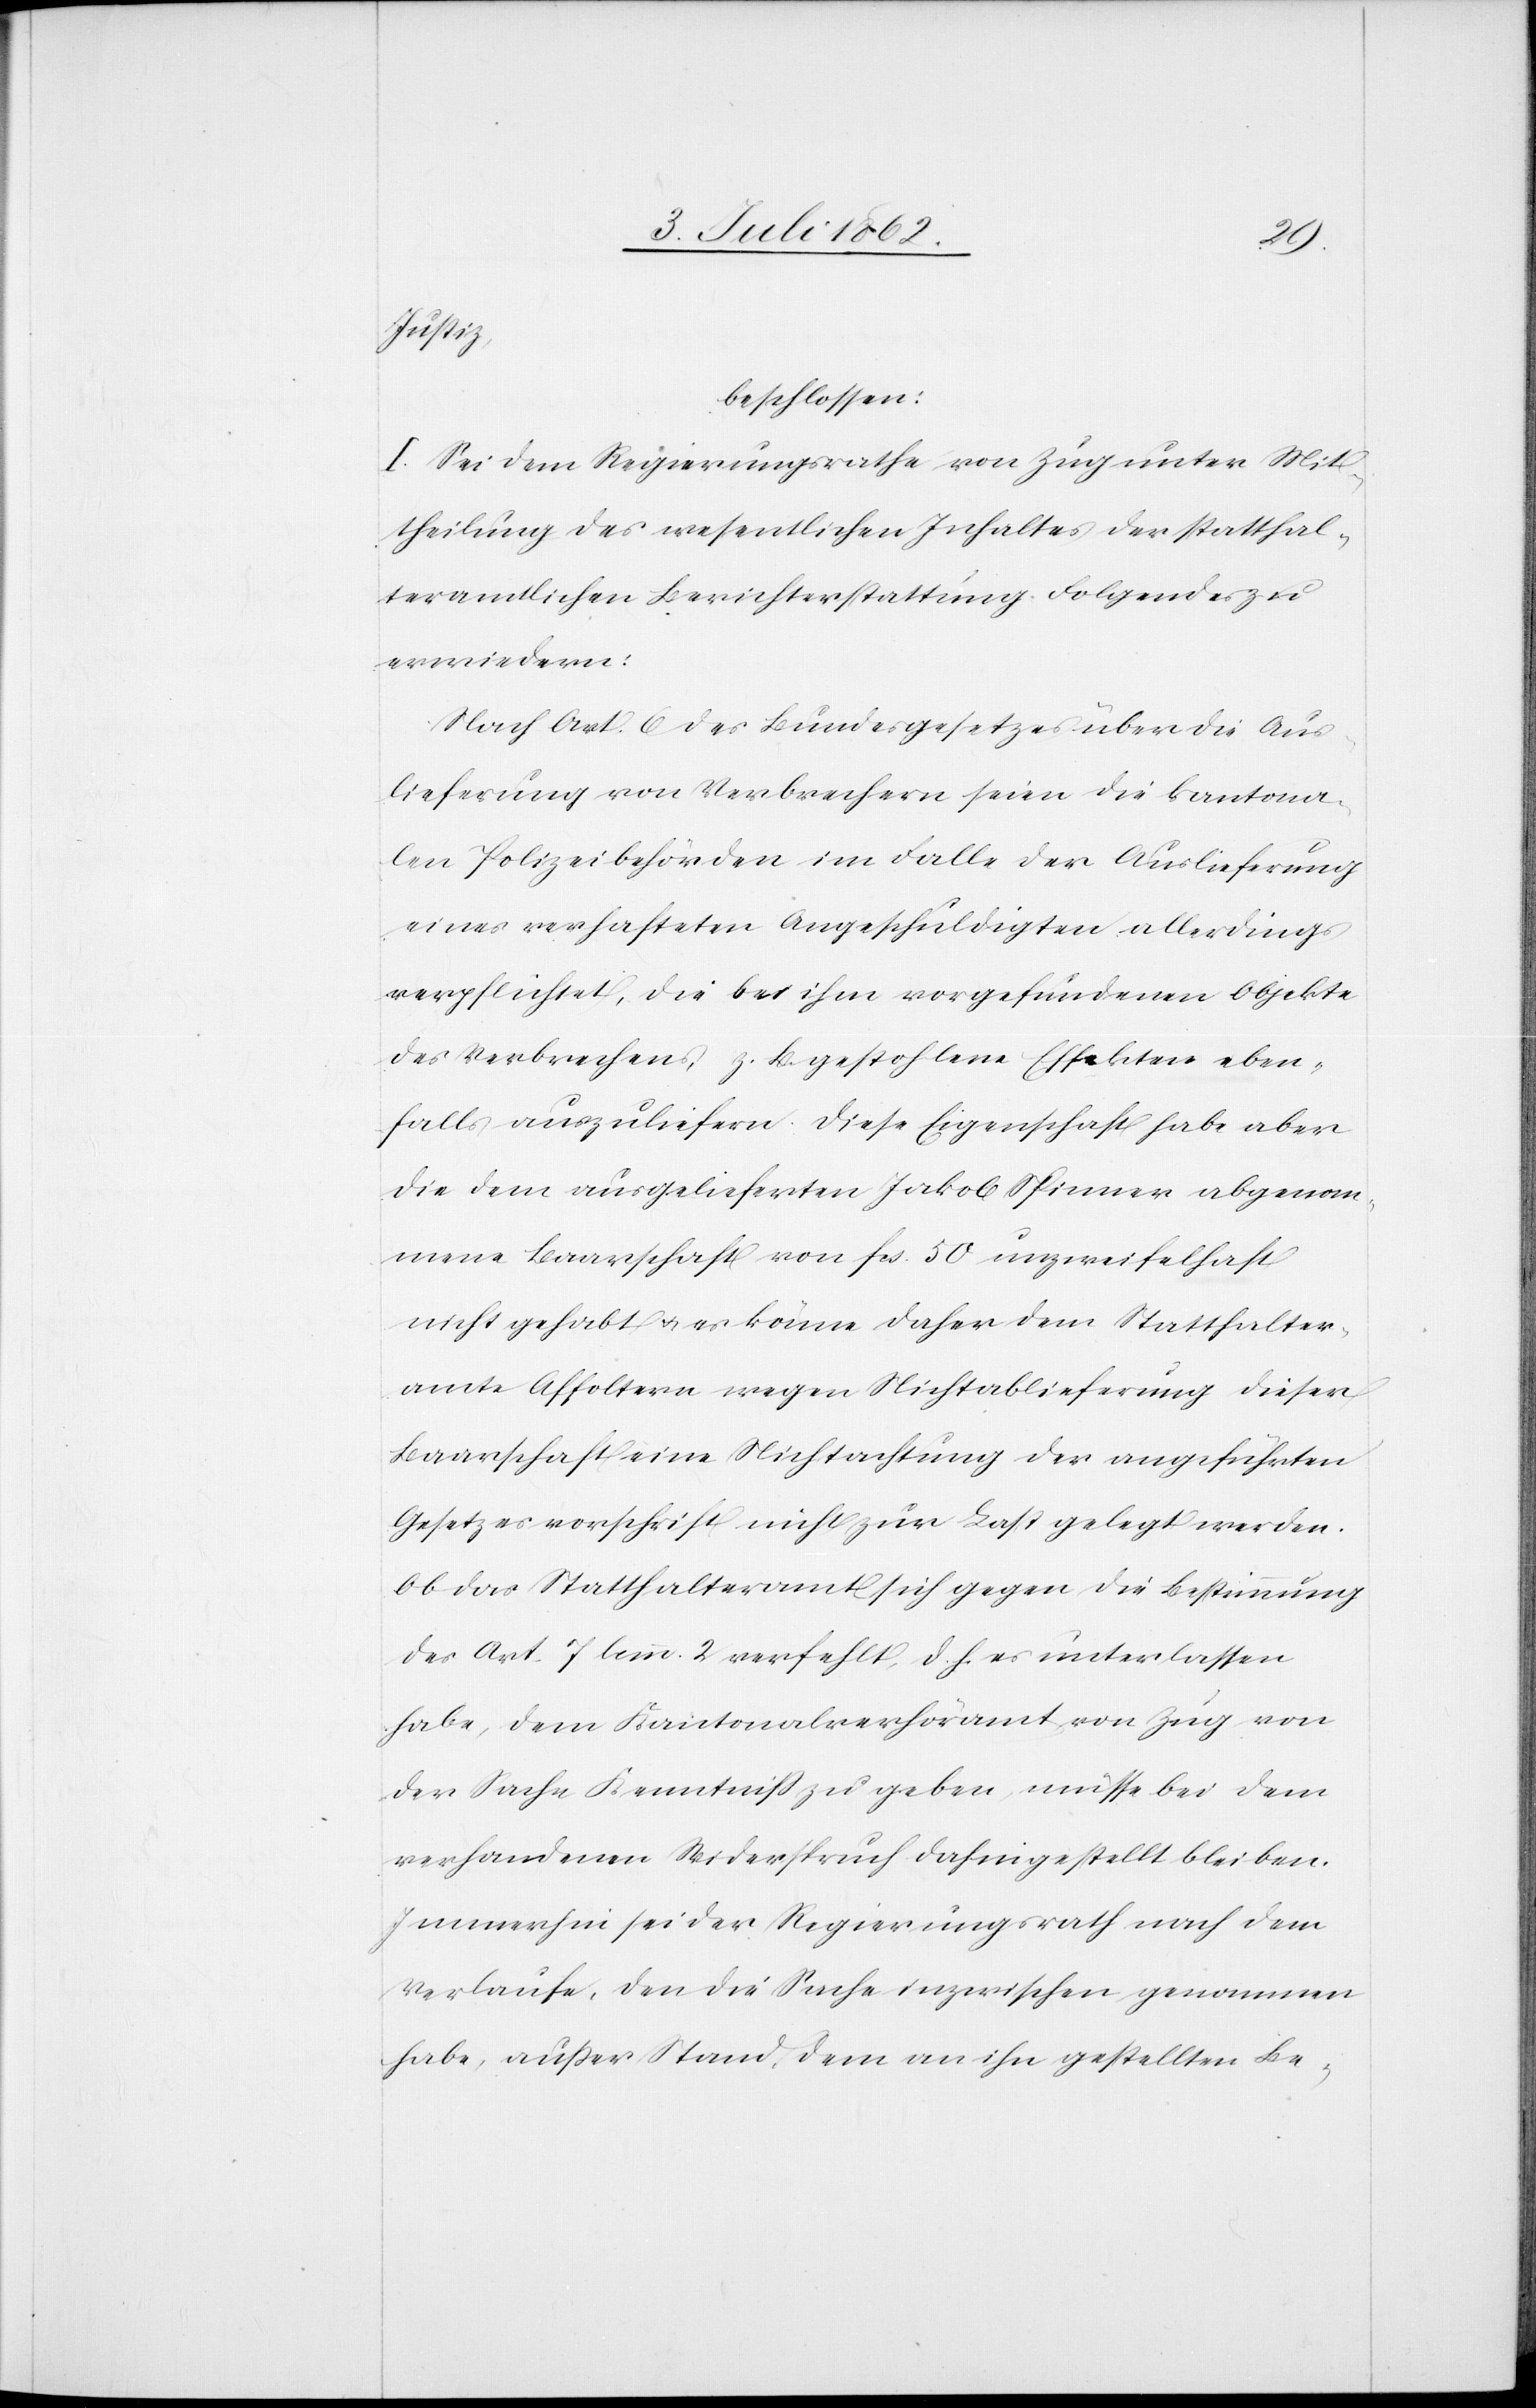
der
Justiz,
beschlossen:
I. Sei dem Regierungsrathe von Zug unter Mit¬
theilung des wesentlichen Inhaltes der statthal¬
teramtlichen Berichterstattung Folgendes zu
erwiedern:
Nach Art. 6 des Bundesgesetzes über die Aus¬
lieferung von Verbrechern seien die kantona¬
len Polizeibehörden im Falle der Auslieferung
eines verhafteten Angeschuldigten allerdings
verpflichtet, die bei ihm vorgefundenen Objekte
des Verbrechens, z. B. gestohlene Effekten eben¬
falls auszuliefern. Diese Eigenschaft habe aber
die dem ausgelieferten Jakob Spinner abgenom¬
mene Baarschaft von Fcs. 50 unzweifelhaft
nicht gehabt u. es könne daher dem Statthalter¬
amte Affoltern wegen Nichtablieferung dieser
Baarschaft eine Nichtachtung der angeführten
Gesetzesvorschrift nicht zur Last gelegt werden.
Ob das Statthalteramt sich gegen die Bestimmung
des Art. 7 lemm. 2 verfehlt, d. h. es unterlassen
habe, dem Kantonalverhöramt von Zug von
der Sache Kenntniß zu geben müsse bei dem
verhandenen [sic!] Widerspruch dahingestellt bleiben.
Immerhin sei der Regierungsrath nach dem
Verlaufe, den die Sache inzwischen genommen
habe, außer Stand, dem an ihn gestellten Be-